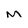
Character: M